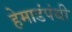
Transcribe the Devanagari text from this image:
हेमाडंपंथी